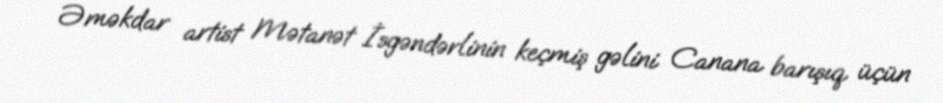
Əməkdar artist Mətanət İsgəndərlinin keçmiş gəlini Canana barışıq üçün